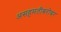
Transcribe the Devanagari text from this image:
असहमतीबरोबर